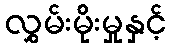
လွှမ်းမိုးမှုနှင့်